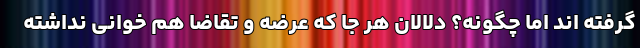
گرفته اند اما چگونه؟ دلالان هر جا که عرضه و تقاضا هم خوانی نداشته